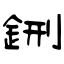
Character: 鉶